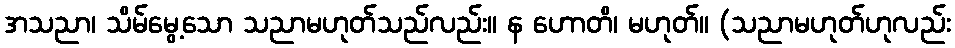
အသညာ၊ သိမ်မွေ့သော သညာမဟုတ်သည်လည်း။ န ဟောတိ၊ မဟုတ်။ (သညာမဟုတ်ဟုလည်း